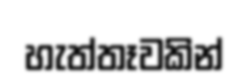
හැත්තෑවකින්